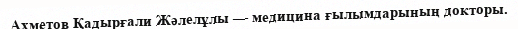
Ахметов Қадырғали Жәлелұлы — медицина ғылымдарының докторы.